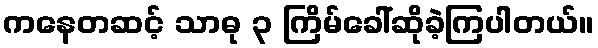
ကနေတဆင့် သာဓု ၃ ကြိမ်ခေါ်ဆိုခဲ့ကြပါတယ်။